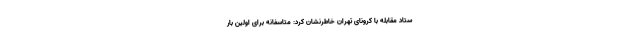
ستاد مقابله با کرونای تهران خاطرنشان کرد: متاسفانه برای اولین بار